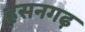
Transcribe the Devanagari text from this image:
हसनगढ़